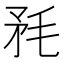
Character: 𣭅